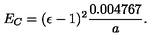
E _ { C } = ( \epsilon - 1 ) ^ { 2 } { \frac { 0 . 0 0 4 7 6 7 } { a } } .